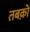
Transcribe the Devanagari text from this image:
तबक़ों